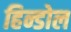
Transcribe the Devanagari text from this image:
हिन्डोल